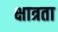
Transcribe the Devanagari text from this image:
क्षात्रता